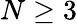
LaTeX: N\ge 3